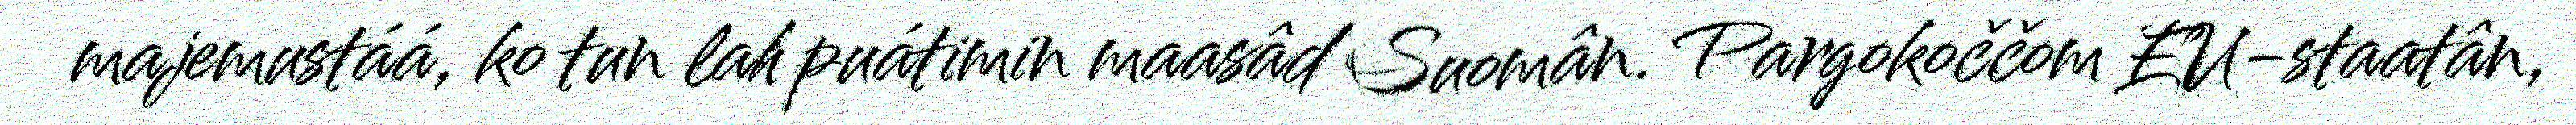
majemustáá, ko tun lah puátimin maasâd Suomân. Pargokoččom EU-staatân,